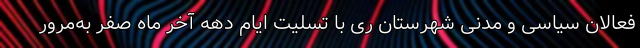
فعالان سیاسی و مدنی شهرستان ری با تسلیت ایام دهه آخر ماه صفر به‌مرور